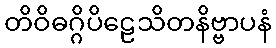
တိဝိဓဂ္ဂိပိဠေသိတနိဗ္ဗာပနံ